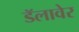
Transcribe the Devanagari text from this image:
डॅलावेर